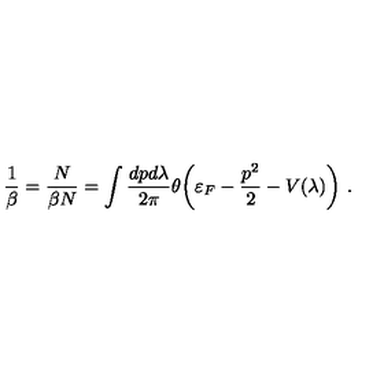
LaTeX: \frac { 1 } { \beta } = \frac { N } { \beta N } = \int \frac { d p d \lambda } { 2 \pi } \theta \biggl ( \varepsilon _ { F } - \frac { p ^ { 2 } } { 2 } - V ( \lambda ) \biggr ) \ .